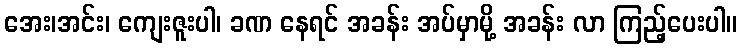
အေး၊အင်း၊ ကျေးဇူးပါ၊ ခဏ နေရင် အခန်း အပ်မှာမို့ အခန်း လာ ကြည့်ပေးပါ။